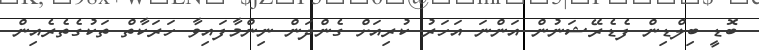
ބޮޑީ ބިލްޑިން ފެޑެރޭޝަނުން އަންނަ އަހަރު ކުރިއަށް ގެންދަން ނިންމާފައިވާ ހަރަކާތް ތަކުގެތެރެއިން